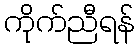
ကိုက်ညီရန်